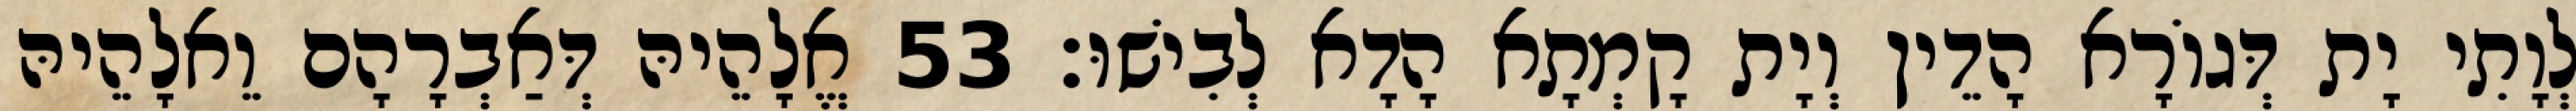
לְוָתִי יָת דְּגוֹרָא הָדֵין וְיָת קָמְתָא הָדָא לְבִישׁוּ׃ 53 אֱלָהֵיהּ דְּאַבְרָהָם וֵאלָהֵיהּ